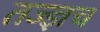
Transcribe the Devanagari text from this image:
तज्ज्ञच